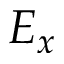
E _ { x }